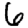
Digit: 6